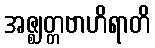
အဇ္ဈတ္တဗာဟိရာတိ